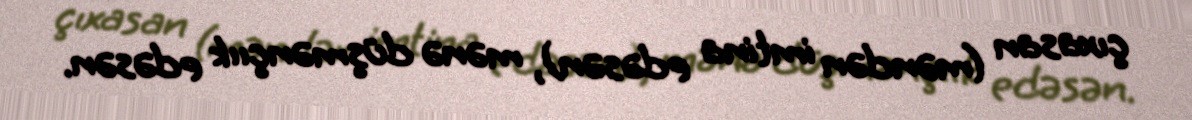
çıxasan (məndən imtina edəsən), mənə düşmənçıık edəsən.